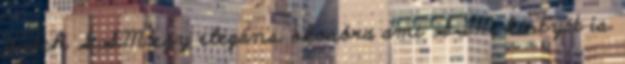
Watch GSM egy elegáns okosóra ami SIM kártyát is